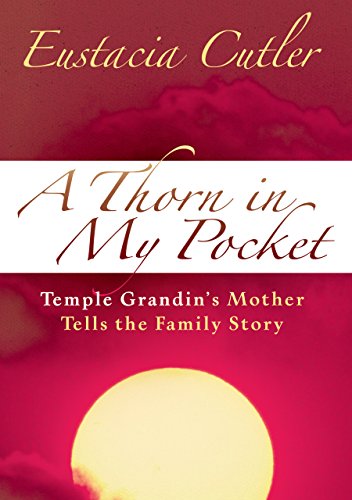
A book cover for A Thorn in My Pocket: Temple Grandin's Mother Tells the Family Story; Eustacia Cutler; Biographies & Memoirs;